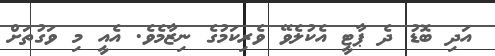
އަދި ބޮޑު ދެ ޕާޓީ އެކުލެވޭ ވެރިކަމުގެ ނިޒާމެވެ. އެއީ މި ވަގުތަށް